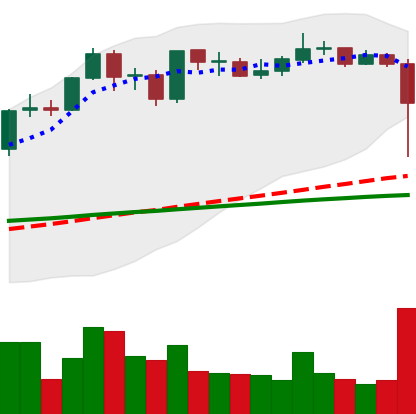
Ticker: ADA-USD
Chart end date: 2021-09-07
Forward return: 3.166%
Label: up_3_5